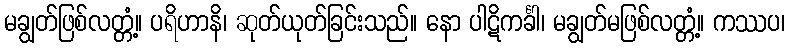
မချွတ်ဖြစ်လတ္တံ့။ ပရိဟာနိ၊ ဆုတ်ယုတ်ခြင်းသည်။ နော ပါဋိကင်္ခါ၊ မချွတ်မဖြစ်လတ္တံ့။ ကဿပ၊